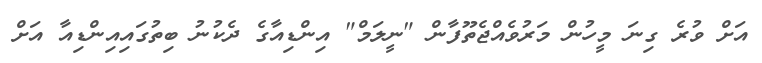
އަށް ވުރެ ގިނަ މީހުން މަރުވެއްޖެތޫފާން "ނީލަމް" އިންޑިއާގެ ދެކުނު ބިތުގައިއިންޑިއާ އަށް